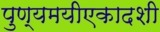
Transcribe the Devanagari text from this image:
पुण्यमयीएकादशी